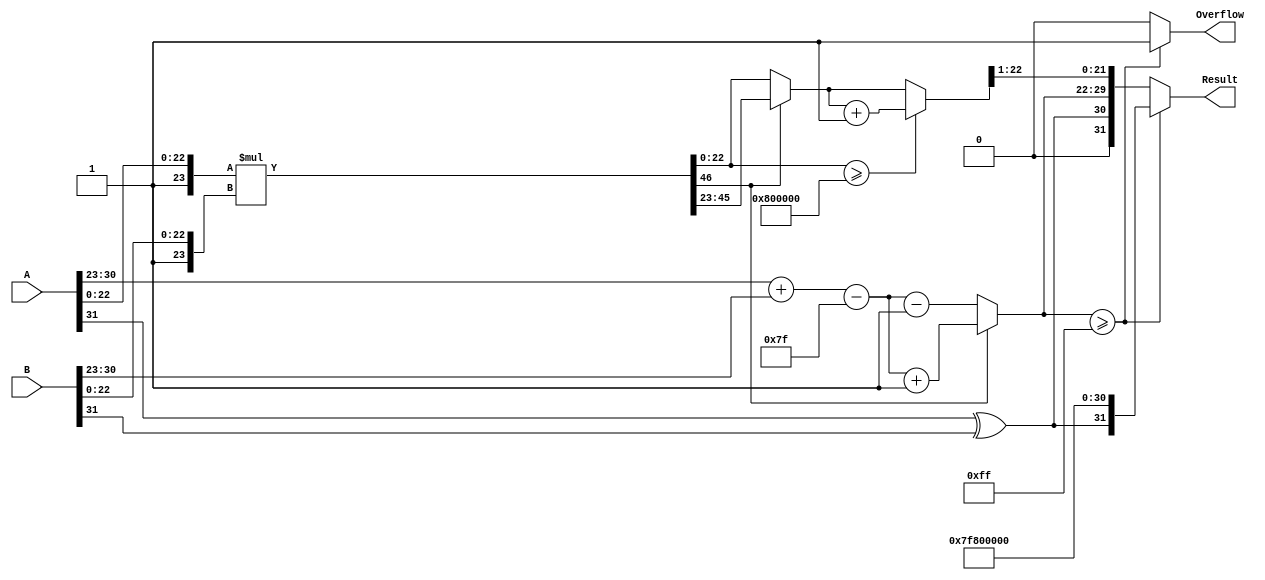
module FloatingPointMultiplier (
    input  wire [31:0] A,           // First floating-point number
    input  wire [31:0] B,           // Second floating-point number
    output reg  [31:0] Result,       // Result of multiplication
    output reg  Overflow              // Overflow flag
);

    // Constants
    localparam EXPONENT_BIAS = 127;
    localparam EXPONENT_WIDTH = 8;
    localparam MANTISSA_WIDTH = 23;
    localparam TOTAL_WIDTH = 32;
    localparam MANTISSA_SIZE = MANTISSA_WIDTH + 1; // Including implicit leading 1

    // Internal signals
    wire [EXPONENT_WIDTH-1:0] expA, expB;
    wire [MANTISSA_WIDTH:0] mantA, mantB; // 24 bits for mantissa (23 + implicit)
    wire [MANTISSA_WIDTH*2:0] mantProduct; // 48 bits for product
    reg [EXPONENT_WIDTH-1:0] expResult;
    reg [MANTISSA_WIDTH:0] mantResult; // 24 bits for result mantissa
    reg [4:0] shiftAmount; // For normalization
    reg [EXPONENT_WIDTH-1:0] adjustedExponent;
    reg signResult;

    // Extract sign, exponent, and mantissa
    assign signA = A[31];
    assign signB = B[31];
    assign expA = A[30:23];
    assign expB = B[30:23];
    assign mantA = {1'b1, A[22:0]}; // Implicit leading 1
    assign mantB = {1'b1, B[22:0]}; // Implicit leading 1

    // Multiply mantissas
    assign mantProduct = mantA * mantB;

    // Calculate initial exponent
    always @(*) begin
        expResult = expA + expB - EXPONENT_BIAS; // Biased exponent
        signResult = signA ^ signB; // Result sign
        Overflow = 1'b0; // Default overflow flag

        // Normalization
        if (mantProduct[MANTISSA_WIDTH*2]) begin
            // If the product is greater than 1.0, shift right
            mantResult = mantProduct[MANTISSA_WIDTH*2-1:MANTISSA_WIDTH]; // Shift right
            adjustedExponent = expResult + 1; // Increment exponent
        end else begin
            // If the product is less than 1.0, shift left
            mantResult = mantProduct[MANTISSA_WIDTH-1:0]; // Keep lower 24 bits
            adjustedExponent = expResult - 1; // Decrement exponent
        end

        // Check for overflow
        if (adjustedExponent >= 8'hFF) begin
            Overflow = 1'b1; // Set overflow flag
            Result = {signResult, 8'hFF, 23'b0}; // Set result to infinity
        end else begin
            // Rounding logic (round to nearest even)
            if (mantProduct[MANTISSA_WIDTH-1:0] >= 24'h800000) begin
                mantResult = mantResult + 1; // Round up
            end

            // Assemble the final result
            Result = {signResult, adjustedExponent[EXPONENT_WIDTH-1:0], mantResult[MANTISSA_WIDTH-1:1]};
        end
    end

endmodule